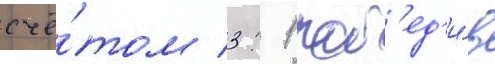
счё́том 3: 1 поб'ед'и́в